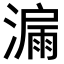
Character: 𣾡